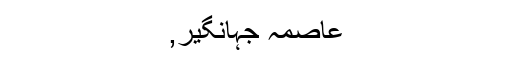
عاصمہ جہانگیر,